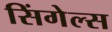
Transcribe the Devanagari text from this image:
सिंगेल्स